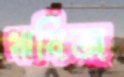
ঋষিজ